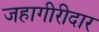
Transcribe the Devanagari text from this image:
जहागीरीदार